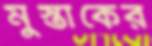
মুস্তাকের